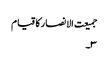
جمیعت الانصار کا قیام
۳۔